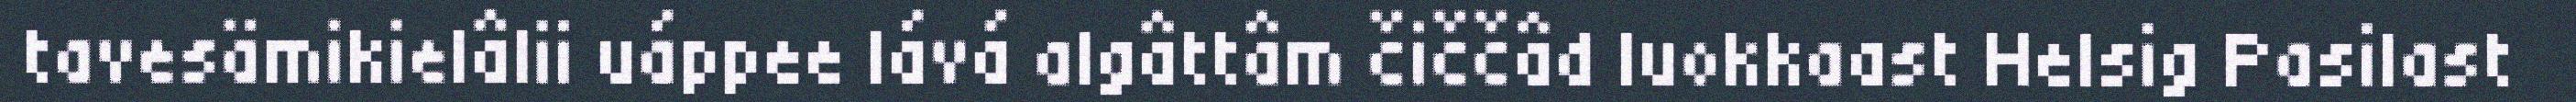
tavesämikielâlii uáppee lává algâttâm čiččâd luokkaast Helsig Pasilast